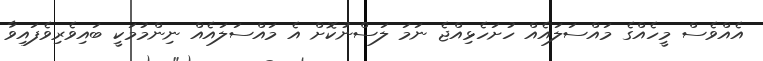
އެއްވެސް މީހެއްގެ މައްސަލައެއް ހުށަހެޅިއްޖެ ނަމަ ލަސްނުކޮށް އެ މައްސަލައެއް ނިންމުމަކީ ބައިވެރިވެފައިވާ